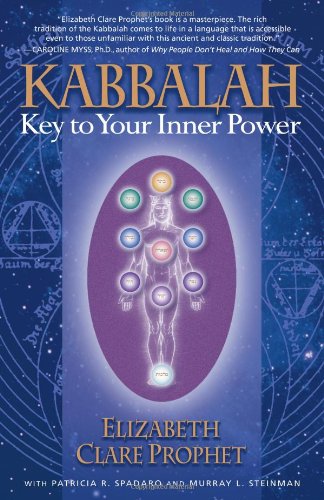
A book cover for Kabbalah: Key To Your Inner Power (Mystical Paths of the World's Religions); Elizabeth Clare Prophet; Religion & Spirituality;